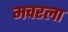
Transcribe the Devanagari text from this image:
मचरला